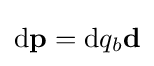
\mathrm {d} \mathbf {p} =\mathrm {d} q_{b}\mathbf {d}